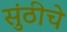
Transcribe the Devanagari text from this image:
सुंठीचे